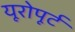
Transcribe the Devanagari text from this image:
यूरोपूर्ट